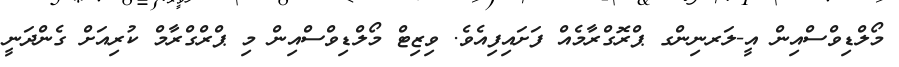
މޯލްޑިވްސްއިން އީ-ލަރނިންގ ޕްރޮގްރާމެއް ފަށައިފިއެވެ. ވިޒިޓް މޯލްޑިވްސްއިން މި ޕްރްގްރާމް ކުރިއަށް ގެންދަނީ